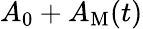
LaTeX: A_{0}+A_{\mathrm{M}}(t)